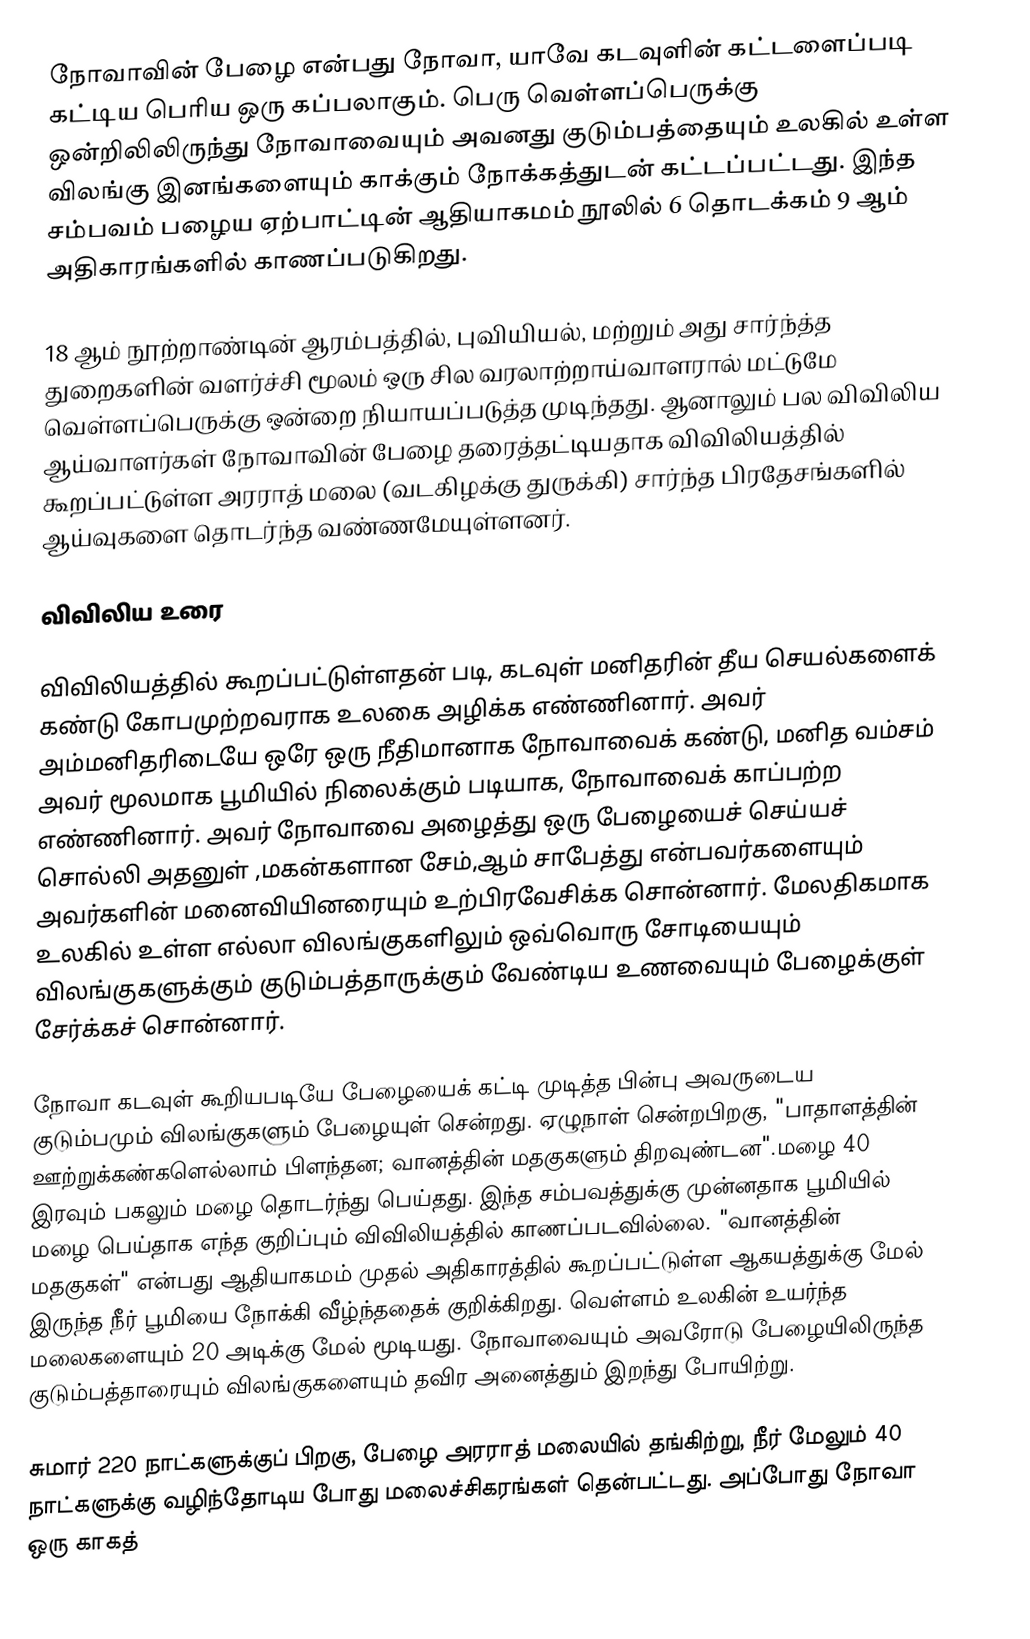
நோவாவின் பேழை என்பது நோவா, யாவே கடவுளின் கட்டளைப்படி கட்டிய பெரிய ஒரு கப்பலாகும். பெரு வெள்ளப்பெருக்கு ஒன்றிலிலிருந்து நோவாவையும் அவனது குடும்பத்தையும் உலகில் உள்ள விலங்கு இனங்களையும் காக்கும் நோக்கத்துடன் கட்டப்பட்டது. இந்த சம்பவம் பழைய ஏற்பாட்டின் ஆதியாகமம் நூலில் 6 தொடக்கம் 9 ஆம் அதிகாரங்களில் காணப்படுகிறது.

18 ஆம் நூற்றாண்டின் ஆரம்பத்தில், புவியியல், மற்றும் அது சார்ந்த்த துறைகளின் வளர்ச்சி மூலம் ஒரு சில வரலாற்றாய்வாளரால் மட்டுமே வெள்ளப்பெருக்கு ஒன்றை நியாயப்படுத்த முடிந்தது. ஆனாலும் பல விவிலிய ஆய்வாளர்கள் நோவாவின் பேழை தரைத்தட்டியதாக விவிலியத்தில் கூறப்பட்டுள்ள அரராத் மலை (வடகிழக்கு துருக்கி) சார்ந்த பிரதேசங்களில் ஆய்வுகளை தொடர்ந்த வண்ணமேயுள்ளனர்.

விவிலிய உரை

விவிலியத்தில் கூறப்பட்டுள்ளதன் படி, கடவுள் மனிதரின் தீய செயல்களைக் கண்டு கோபமுற்றவராக உலகை அழிக்க எண்ணினார். அவர் அம்மனிதரிடையே ஒரே ஒரு நீதிமானாக நோவாவைக் கண்டு, மனித வம்சம் அவர் மூலமாக பூமியில் நிலைக்கும் படியாக, நோவாவைக் காப்பற்ற எண்ணினார். அவர் நோவாவை அழைத்து ஒரு பேழையைச் செய்யச் சொல்லி அதனுள் ,மகன்களான சேம்,ஆம் சாபேத்து என்பவர்களையும் அவர்களின் மனைவியினரையும் உற்பிரவேசிக்க சொன்னார். மேலதிகமாக உலகில் உள்ள எல்லா விலங்குகளிலும் ஒவ்வொரு சோடியையும் விலங்குகளுக்கும் குடும்பத்தாருக்கும் வேண்டிய உணவையும் பேழைக்குள் சேர்க்கச் சொன்னார்.

நோவா கடவுள் கூறியபடியே பேழையைக் கட்டி முடித்த பின்பு அவருடைய குடும்பமும் விலங்குகளும் பேழையுள் சென்றது. ஏழுநாள் சென்றபிறகு, "பாதாளத்தின் ஊற்றுக்கண்களெல்லாம் பிளந்தன; வானத்தின் மதகுகளும் திறவுண்டன".மழை 40 இரவும் பகலும் மழை தொடர்ந்து பெய்தது. இந்த சம்பவத்துக்கு முன்னதாக பூமியில் மழை பெய்தாக எந்த குறிப்பும் விவிலியத்தில் காணப்படவில்லை. "வானத்தின் மதகுகள்" என்பது ஆதியாகமம் முதல் அதிகாரத்தில் கூறப்பட்டுள்ள ஆகயத்துக்கு மேல் இருந்த நீர் பூமியை நோக்கி வீழ்ந்ததைக் குறிக்கிறது. வெள்ளம் உலகின் உயர்ந்த மலைகளையும் 20 அடிக்கு மேல் மூடியது. நோவாவையும் அவரோடு பேழையிலிருந்த குடும்பத்தாரையும் விலங்குகளையும் தவிர அனைத்தும் இறந்து போயிற்று.

சுமார் 220 நாட்களுக்குப் பிறகு, பேழை அரராத் மலையில் தங்கிற்று, நீர் மேலும் 40 நாட்களுக்கு வழிந்தோடிய போது மலைச்சிகரங்கள் தென்பட்டது. அப்போது நோவா ஒரு காகத்